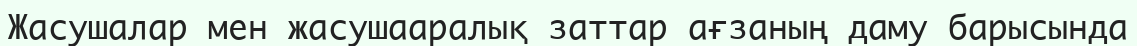
Жасушалар мен жасушааралық заттар ағзаның даму барысында